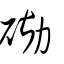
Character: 磡